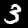
Digit: 3